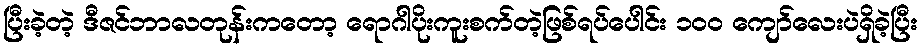
ပြီးခဲ့တဲ့ ဒီဇင်ဘာလတုန်းကတော့ ရောဂါပိုးကူးစက်တဲ့ဖြစ်ရပ်ပေါင်း ၁၀၀ ကျော်လေးပဲရှိခဲ့ပြီး